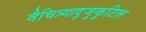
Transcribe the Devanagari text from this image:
वैचित्र्यादृजुकुटिल